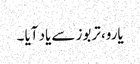
یارو، تربوز سے یاد آیا ۔